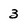
Character: 3